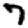
Digit: 7